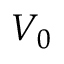
V _ { 0 }